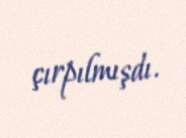
çırpılmışdı.